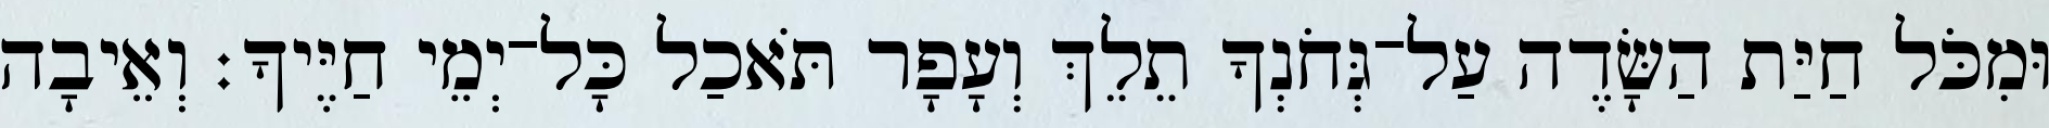
וּמִכֹּל חַיַּת הַשָּׂדֶה עַל־גְּחֹנְךָ תֵלֵךְ וְעָפָר תֹּאכַל כָּל־יְמֵי חַיֶּיךָ׃ וְאֵיבָה